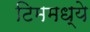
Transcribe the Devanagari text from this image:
टिममध्ये